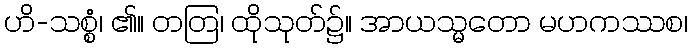
ဟိ-သစ္စံ၊ ၏။ တတြ၊ ထိုသုတ်၌။ အာယသ္မတော မဟကဿစ၊